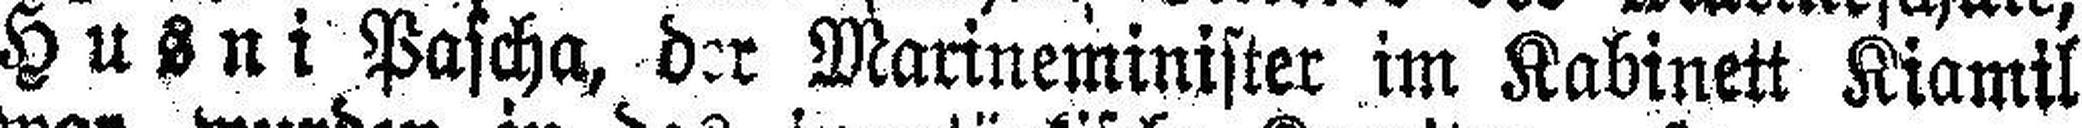
Husni Pascha, der Marineminister im Kabinett Kiamil